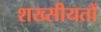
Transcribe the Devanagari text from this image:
शख्सीयतों